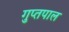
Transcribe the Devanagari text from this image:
गुप्तपाल